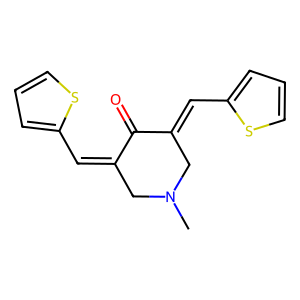
SMILES: CN1CC(=Cc2cccs2)C(=O)C(=Cc2cccs2)C1
Inhibits HIV replication: No